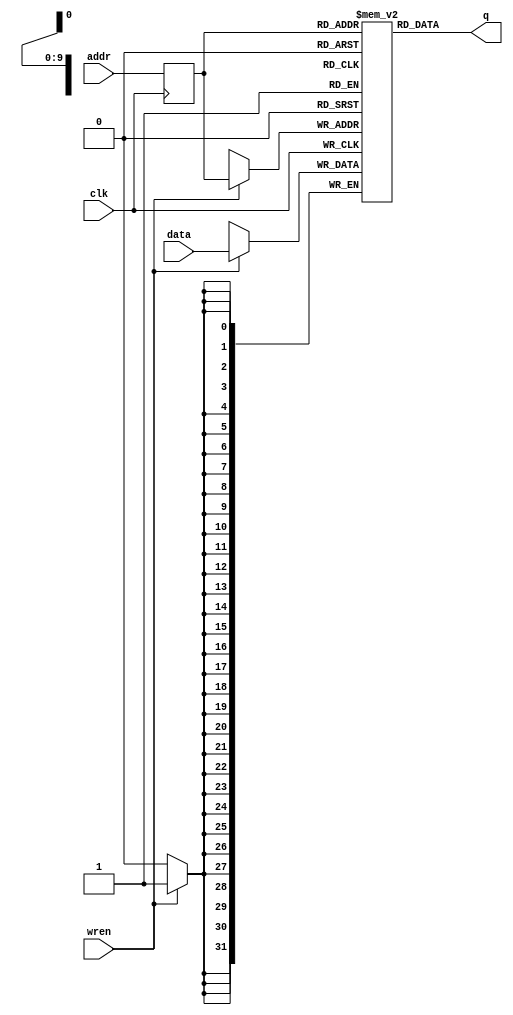
module sram_1024x32
(
    input   [9:0]   addr    ,
    input           clk     ,
    input   [31:0]  data    ,
    input           wren    ,
    
    output  [31:0]  q
);

    reg     [31:0]  sram [0:1023];
    reg     [31:0]  q_r;
    reg     [9:0]   addr_r;
    /**********************************************************/
    generate
    	genvar  idx;
    	for (idx = 0; idx < 1024; idx = idx+1) begin: datamem
       		wire [31:0] mem_sell;
       		assign mem_sell = sram[idx];
    	end
    endgenerate
    /**********************************************************/

    
    /* write */
    always @ (posedge clk) begin
        if (wren) begin
            sram[addr_r] <= data;
        end
        addr_r <= addr; 
    end

    /* read */
    assign q = sram[addr_r];
    
endmodule